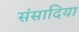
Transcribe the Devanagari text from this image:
संसादिया